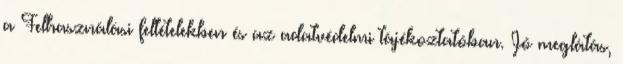
a Felhasználási feltételekben és az adatvédelmi tájékoztatóban. Jó meglátás,